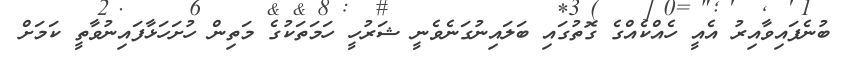
ބުނެފައިވާއިރު އެއީ ހެއްކެއްގެ ގޮތުގައި ބަލައިނުގަނެވެނީ ޝަރުހީ ހަމަތަކުގެ މަތިން ހުށަހަޅާފައިނުވާތީ ކަމަށް